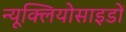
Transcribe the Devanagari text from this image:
न्यूक्लियोसाइडों